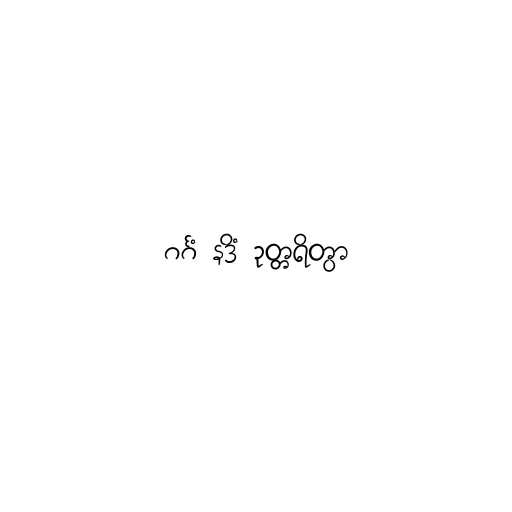
ဂင်္ဂံ နဒိံ ဥတ္တရိတွာ